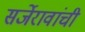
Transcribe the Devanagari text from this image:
सर्जेरावांची